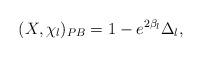
LaTeX: \begin{align*} (X, \chi _l)_{PB}=1-e^{2\beta _l}\Delta _l,\end{align*}